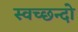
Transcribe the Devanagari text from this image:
स्वच्छन्दो